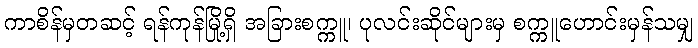
ကာစိန်မှတဆင့် ရန်ကုန်မြို့ရှိ အခြားစက္ကူ၊ ပုလင်းဆိုင်များမှ စက္ကူဟောင်းမှန်သမျှ